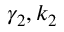
\gamma _ { 2 } , k _ { 2 }